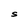
Character: S